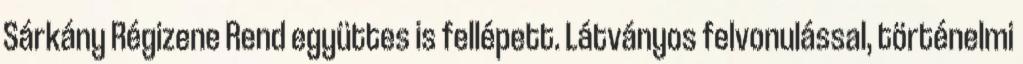
Sárkány Régizene Rend együttes is fellépett. Látványos felvonulással, történelmi